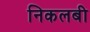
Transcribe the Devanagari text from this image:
निकलबी